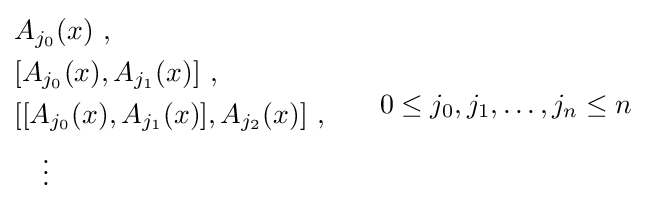
{\begin{aligned}&A_{j_{0}}(x)~,\\&[A_{j_{0}}(x),A_{j_{1}}(x)]~,\\&[[A_{j_{0}}(x),A_{j_{1}}(x)],A_{j_{2}}(x)]~,\\&\quad \vdots \quad \end{aligned}}\qquad 0\leq j_{0},j_{1},\ldots ,j_{n}\leq n